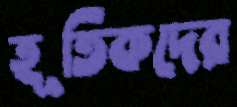
হূতিকদের